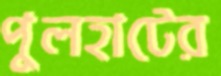
পুলহাটের